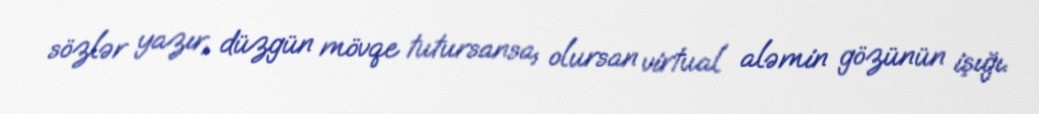
sözlər yazır, düzgün mövqe tutursansa, olursan virtual aləmin gözünün işığı.